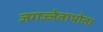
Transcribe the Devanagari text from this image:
जगज्जेताथोता